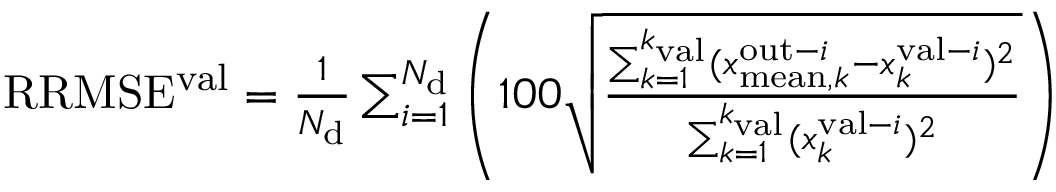
\begin{array} { r } { \mathrm { R R M S E ^ { v a l } } = \frac { 1 } { N _ { \mathrm { d } } } \sum _ { i = 1 } ^ { N _ { \mathrm { d } } } \left( 1 0 0 \sqrt { \frac { \sum _ { k = 1 } ^ { k _ { \mathrm { v a l } } } ( x _ { \mathrm { m e a n } , k } ^ { \mathrm { o u t } - i } - x _ { k } ^ { \mathrm { v a l } - i } ) ^ { 2 } } { \sum _ { k = 1 } ^ { k _ { \mathrm { v a l } } } ( x _ { k } ^ { \mathrm { v a l } - i } ) ^ { 2 } } } \right) } \end{array}